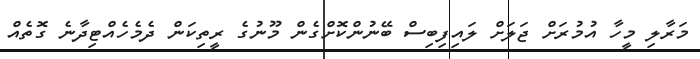
މަރާލި މީހާ އުމުރަށް ޖަލަށް ލައިފިބިސް ބޭނުންކޮށްގެން މޫނުގެ ރީތިކަން ދެމެހެއްޓިދާނެ ގޮތެއް